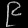
Digit: ၉